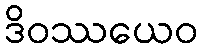
ဒိဝဿယေဝ